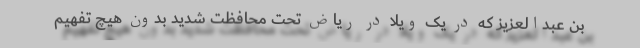
بن عبدالعزیز که در یک ویلا در ریاض تحت محافظت شدید بدون هیچ تفهیم